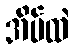
အိမ်ထဲ